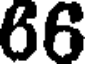
66